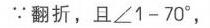
\(\because\)翻折，且\(\angle 1 = 70^{\circ}\)，